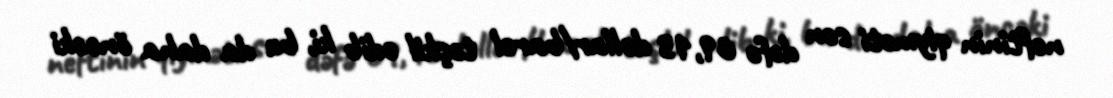
neftinin qiyməti son dəfə 69,13 dollar/barel təşkil edib ki, bu da daha öncəki